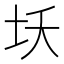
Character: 𱖎